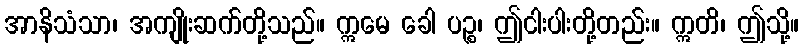
အာနိသံသာ၊ အကျိုးဆက်တို့သည်။ ဣမေ ခေါ ပဉ္စ၊ ဤငါးပါးတို့တည်း။ ဣတိ၊ ဤသို့။